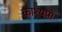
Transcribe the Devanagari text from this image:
काश्यपो